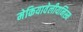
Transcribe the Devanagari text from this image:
मेकियावेलीयनिस्म